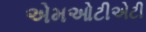
એમઓટીએટી